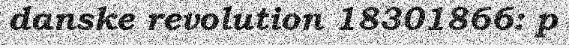
danske revolution 18301866: p